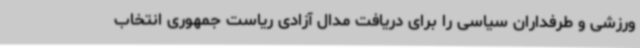
ورزشی و طرفداران سیاسی را برای دریافت مدال آزادی ریاست جمهوری انتخاب